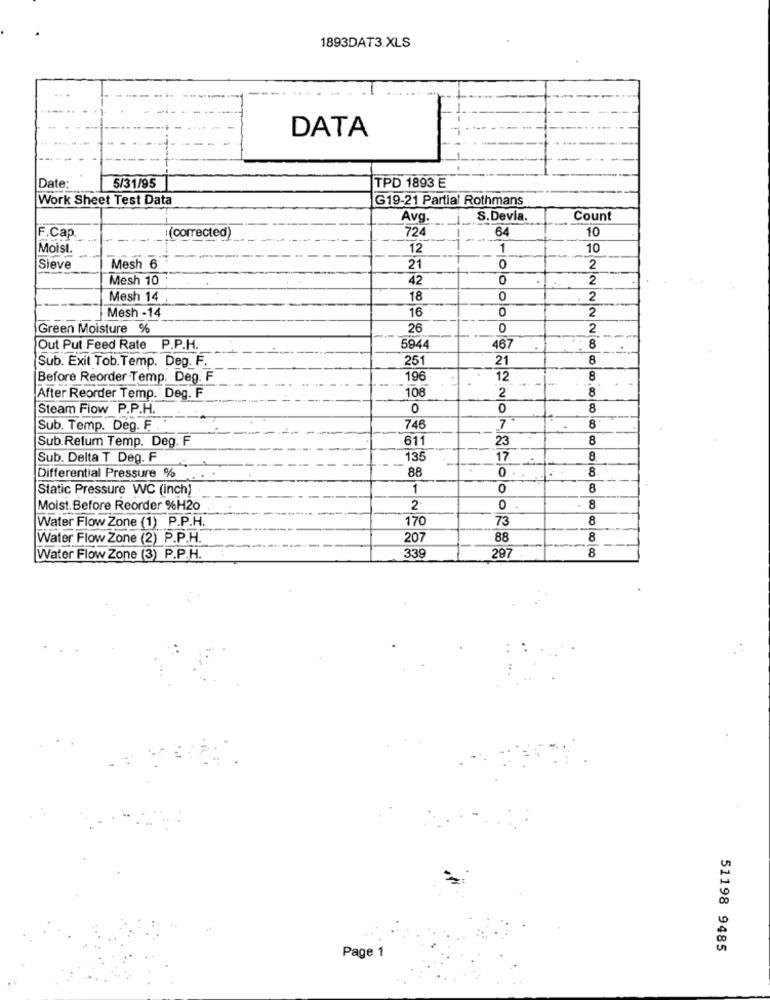
1893DAT3.XLS
DATA
Date:
5/31/95
TPD 1893 E
Work Sheet Test Data
G19-21 Partial Rothmans
Avg.
S.Devia.
Count
:(corrected)
724
64
10
F.Cap.
Moist.
12
1
10
Sieve
Mesh 6
21
0
2
Mesh 10
42
0
2
Mesh 14
18
0
2
Mesh -14
16
0
2
Green Moisture %
26
0
2
467
Out Put Feed Rate P.P.H.
5944
8
Sub. Exit Tob.Temp. Deg. F.
251
21
8
Before Reorder Temp. Deg. F
196
12
8
108
8
After Reorder Temp. Deg. F
2
Steam Flow P.P.H.
0
0
8
Sub. Temp. Deg. F .
746
7
8
Sub.Retum Temp. Deg. F
611
23
8
Sub. Delta T Deg. F
135
17
8
88
8
Differential Pressure %
0
Static Pressure WC (inch)
1
0
8
Moist. Before Reorder %H20
2-
0
8
Water Flow Zone (1) P.P.H.
170
73
8
Water Flow Zone (2) P.P.H.
20
88
8
33
8
Water Flow Zone (3) P.P.H.
297
51198 9485
Page 1